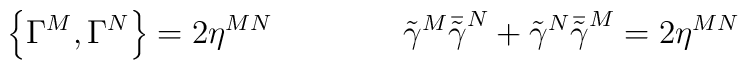
\left\{\Gamma^M,\Gamma^N\right\}=2\eta^{MN}\qquad\qquad\tilde{\gamma}^M\bar{\tilde{\gamma}}^N+\tilde{\gamma}^N\bar{\tilde{\gamma}}^M=2\eta^{MN}